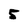
Character: 5